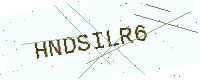
Text: HNDSILR6